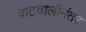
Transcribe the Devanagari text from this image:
वाटचालीनंतर